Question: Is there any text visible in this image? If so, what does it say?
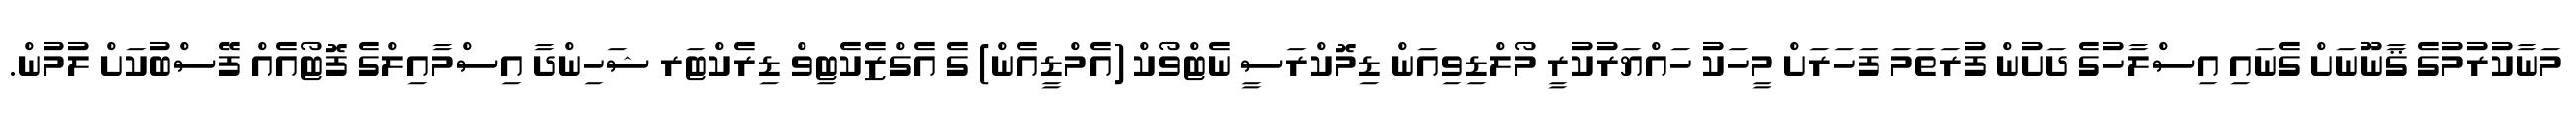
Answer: މަނާކުރުމުގެ ޤާނޫނަށް ގެނައި އިސްލާހުގެ ދަށުން ފުރަތަމަ ފަހަރަށް މީހަކު ހައްޔަރުކުރީ މޯލްޑިވިއަން ޑިމޮކްރަސީ ނެޓްވޯކް (އެމްޑީއެން) ގެ އެގްޒެކެޓިވް ޑިރެކްޓަރ ޝަހިންދާ އިސްމާއިލްގެ ފޮޓޯއެއް ފޭސްބުކަށް ލުމުން.